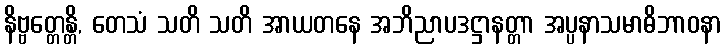
နိဗ္ဗတ္တေန္တိ, တေသံ သတိ သတိ အာယတနေ အဘိညာပဒဋ္ဌာနတ္တာ အပ္ပနာသမာဓိဘာဝနာ